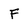
Character: F